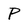
Character: P